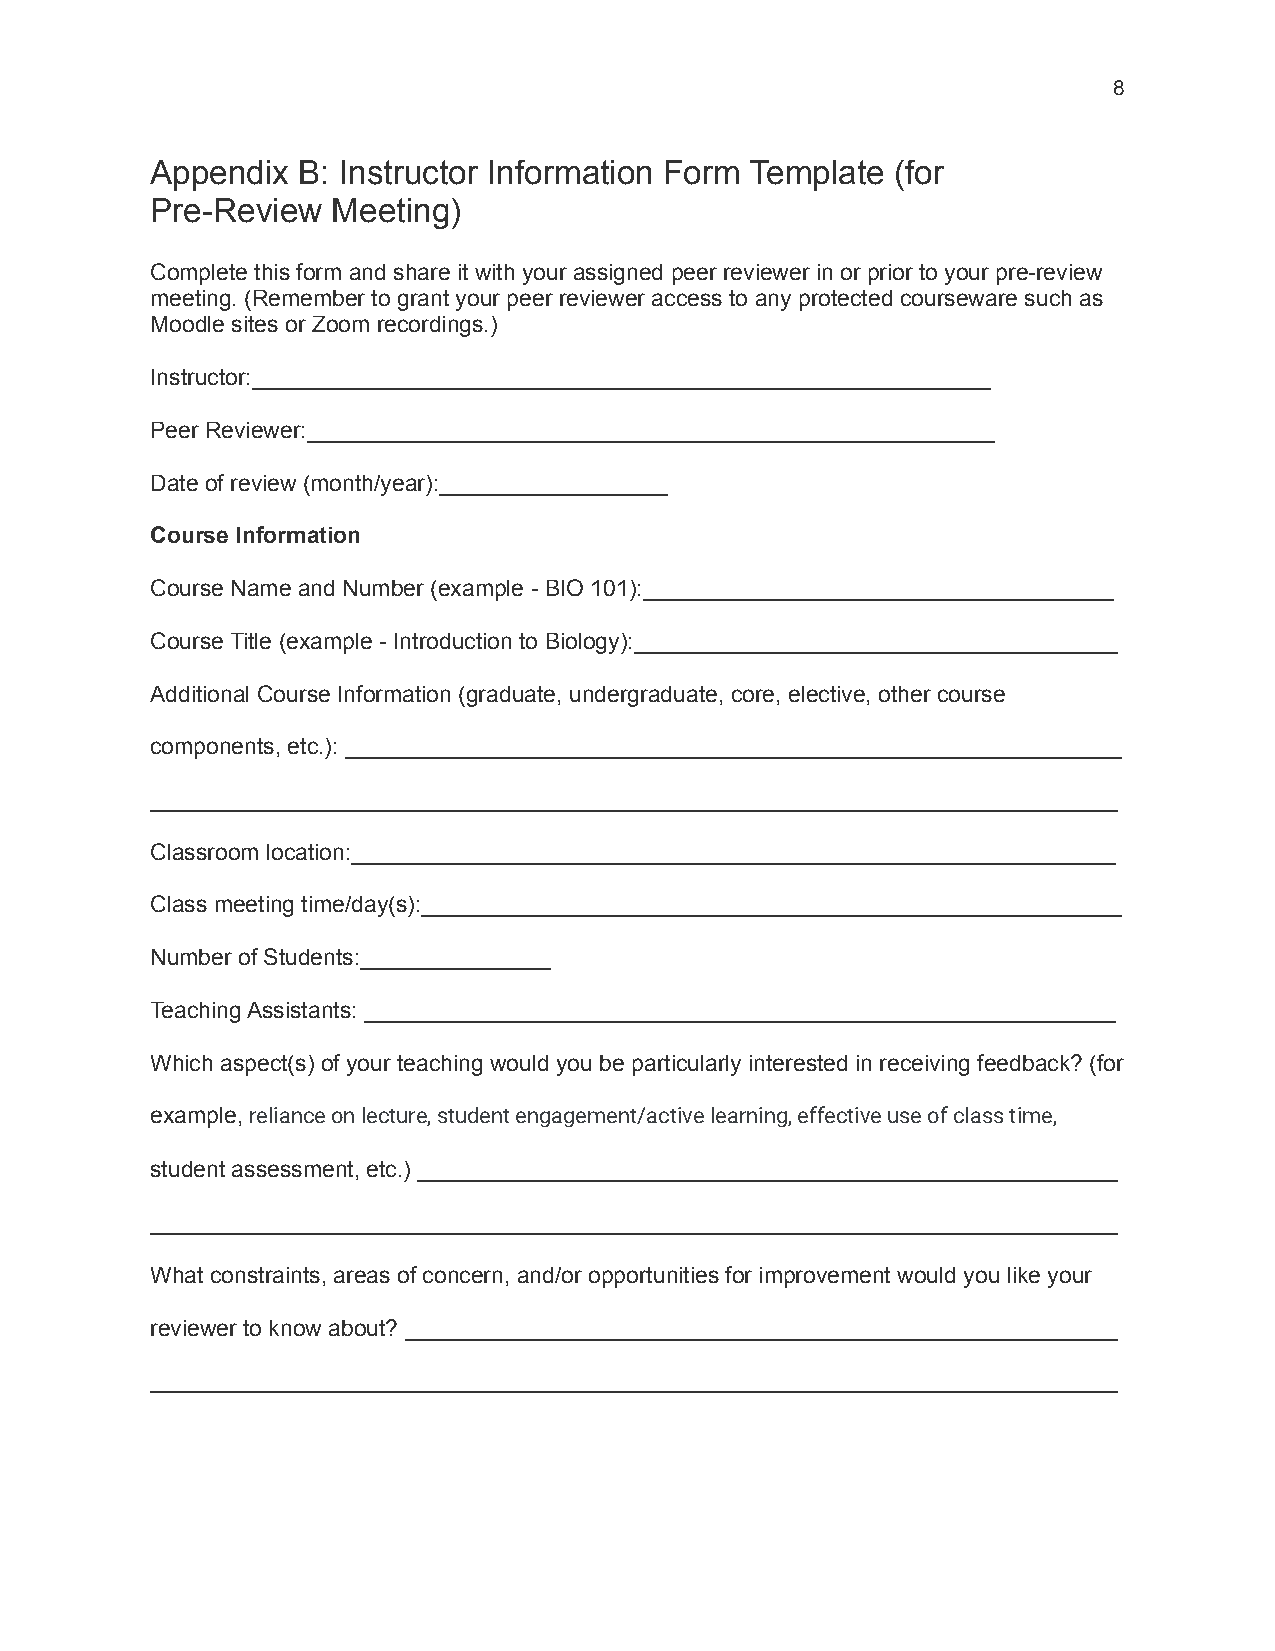
8
 Appendix  B: Instructor Information Form Template (for
 Pre-Review  Meeting)
 Complete this form and share it with your assigned peer reviewer in or prior to your pre-review
 meeting. (Remember to grant your peer reviewer access to any protected courseware such as
 Moodle sites or Zoom recordings.)
 Instructor:__________________________________________________________
 Peer Reviewer:______________________________________________________
 Date of review (month/year):__________________
 Course Information
 Course Name and Number (example - BIO 101):_____________________________________
 Course Title (example - Introduction to Biology):______________________________________
 Additional Course Information (graduate, undergraduate, core, elective, other course
 components, etc.): _____________________________________________________________
 ____________________________________________________________________________
 Classroom location:____________________________________________________________
 Class meeting time/day(s):_______________________________________________________
 Number of Students:_______________
 Teaching Assistants: ___________________________________________________________
 Which aspect(s) of your teaching would you be particularly interested in receiving feedback? (for
 example, reliance on lecture, student engagement/activelearning, effective use of class time,
 student assessment, etc.) _______________________________________________________
 ____________________________________________________________________________
 What constraints, areas of concern, and/or opportunities for improvement would you like your
 reviewer to know about? ________________________________________________________
 ____________________________________________________________________________